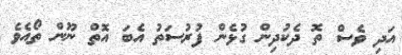
އަދި ވެސް ތޮ ދެކުދިން ގުޅެން ފުރުސަތު އެބަ އޮތް ނޫން ތޯއެވެ